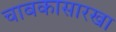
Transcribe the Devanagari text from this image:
चाबकासारखा